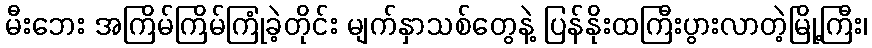
မီးဘေး အကြိမ်ကြိမ်ကြုံခဲ့တိုင်း မျက်နှာသစ်တွေနဲ့ ပြန်နိုးထကြီးပွားလာတဲ့မြို့ကြီး၊